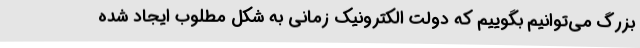
بزرگ می‌توانیم بگوییم که دولت الکترونیک زمانی به شکل مطلوب ایجاد شده